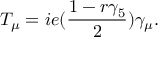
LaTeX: T _ { \mu } = i e ( { \frac { 1 - r \gamma _ { 5 } } { 2 } } ) \gamma _ { \mu } .